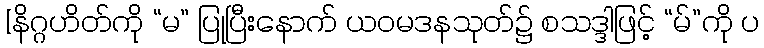
[နိဂ္ဂဟိတ်ကို “မ” ပြုပြီးနောက် ယဝမဒနသုတ်၌ စသဒ္ဒါဖြင့် “မ်”ကို ပ